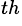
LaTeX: ^{th}